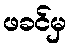
ဖခင်မှ